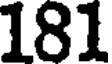
181